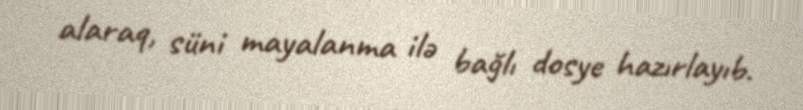
alaraq, süni mayalanma ilə bağlı dosye hazırlayıb.